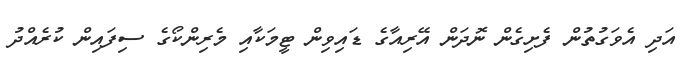
އަދި އެވަގުތުން ފެށިގެން ނޮދަން އޭރިއާގެ ޑައިވިން ޓީމަކާއި މެރިންކޯގެ ސިފައިން ކުރެއްދު